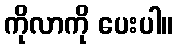
ကိုလာကို ပေးပါ။